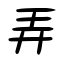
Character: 弄